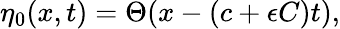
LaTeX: \eta_{0}(x,t)=\Theta(x-(c+\epsilon C)t),